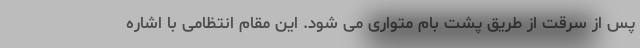
پس از سرقت از طریق پشت بام متواری می شود. این مقام انتظامی با اشاره